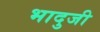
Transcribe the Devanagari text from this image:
भादुजी